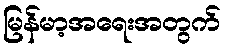
မြန်မာ့အရေးအတွက်